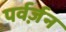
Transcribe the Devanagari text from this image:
पर्वर्ज़न